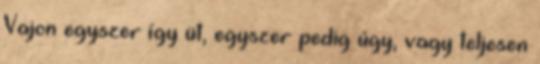
Vajon egyszer így üt, egyszer pedig úgy, vagy teljesen